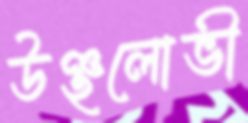
উঞ্ছলোভী